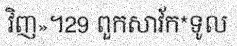
វិញ»។29 ពួកសាវ័ក*ទូល